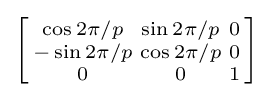
\left[{\begin{smallmatrix}\cos 2\pi /p&\sin 2\pi /p&0\\-\sin 2\pi /p&\cos 2\pi /p&0\\0&0&1\\\end{smallmatrix}}\right]